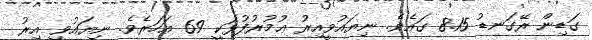
ގަޑިން ރޭގަނޑު 8.15 ގައެވެ. ނިޔައުވީއިރު ޢުމުރުފުޅަކީ 69 އަހަރެވެ. ނިޔައުވީ އިރު